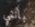
بانني